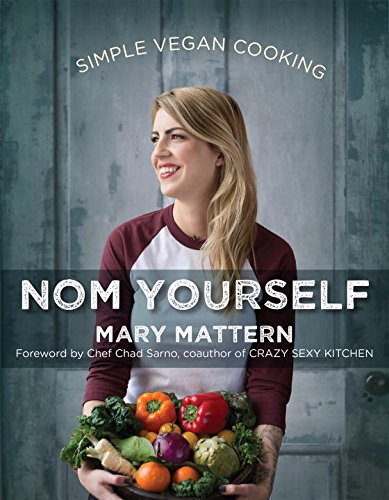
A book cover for Nom Yourself: Simple Vegan Cooking; Mary Mattern; Cookbooks, Food & Wine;